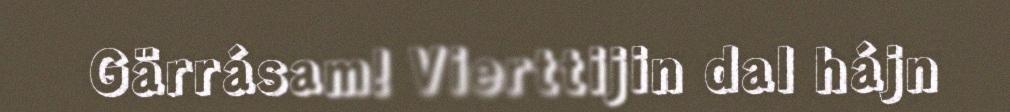
Gärrásam! Vierttijin dal hájn